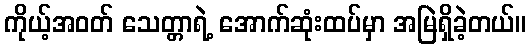
ကိုယ့်အဝတ် သေတ္တာရဲ့ အောက်ဆုံးထပ်မှာ အမြဲရှိခဲ့တယ်။